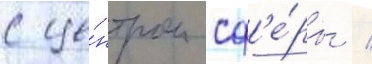
с це́нтром сф'е́ры /